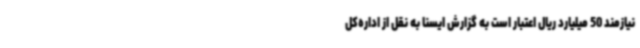
نیازمند 50 میلیارد ریال اعتبار است به گزارش ایسنا به نقل از اداره‌کل